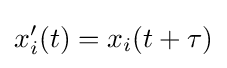
x'_{i}(t)=x_{i}(t+\tau )